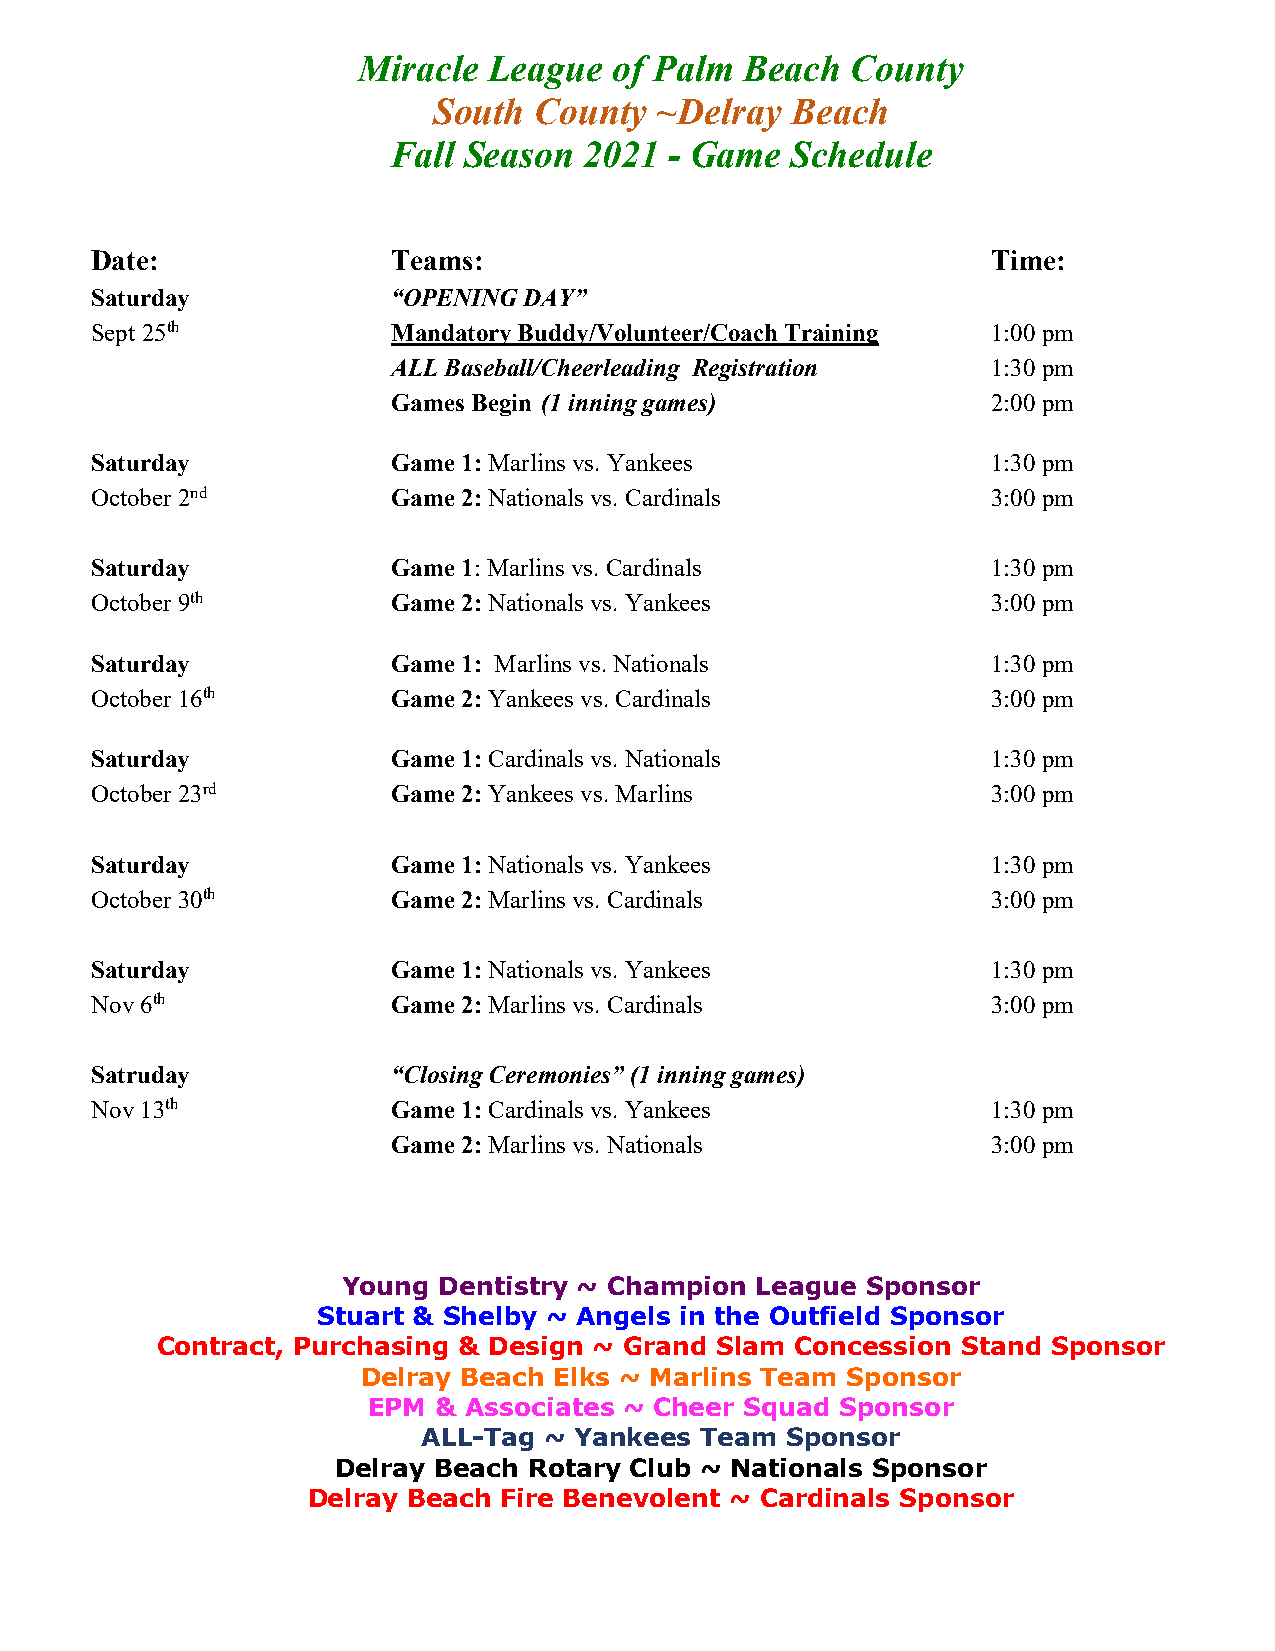
Miracle League   of Palm Beach  County
 South County  ~Delray  Beach
 Fall Season  2021 - Game  Schedule
 Date:               Teams:                                  Time:
 Saturday            “OPENING DAY”
 Sept 25th           Mandatory Buddy/Volunteer/Coach Training 1:00 pm
 ALL Baseball/Cheerleading Registration  1:30 pm
 Games Begin (1 inning games)            2:00 pm
 Saturday            Game 1: Marlins vs. Yankees             1:30 pm
 October 2nd         Game 2: Nationals vs. Cardinals         3:00 pm
 Saturday            Game 1: Marlins vs. Cardinals           1:30 pm
 October 9th         Game 2: Nationals vs. Yankees           3:00 pm
 Saturday            Game 1: Marlins vs. Nationals           1:30 pm
 October 16th        Game 2: Yankees vs. Cardinals           3:00 pm
 Saturday            Game 1: Cardinals vs. Nationals         1:30 pm
 October 23rd        Game 2: Yankees vs. Marlins             3:00 pm
 Saturday            Game 1: Nationals vs. Yankees           1:30 pm
 October 30th        Game 2: Marlins vs. Cardinals           3:00 pm
 Saturday            Game 1: Nationals vs. Yankees           1:30 pm
 Nov 6th             Game 2: Marlins vs. Cardinals           3:00 pm
 Satruday            “Closing Ceremonies” (1 inning games)
 Nov 13th            Game 1: Cardinals vs. Yankees           1:30 pm
 Game 2: Marlins vs. Nationals           3:00 pm
 Young Dentistry ~ Champion League Sponsor
 Stuart & Shelby ~ Angels in the Outfield Sponsor
 Contract, Purchasing & Design ~ Grand Slam Concession Stand Sponsor
 Delray Beach Elks ~ Marlins Team Sponsor
 EPM  & Associates ~ Cheer Squad Sponsor
 ALL-Tag ~ Yankees Team  Sponsor
 Delray Beach Rotary Club ~ Nationals Sponsor
 Delray Beach Fire Benevolent ~ Cardinals Sponsor